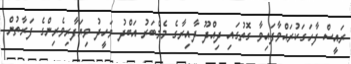
ރައީސް ފާހަގަކުރައްވާފައިވާ ގޮތުގައި ދިއްދޫ ދާއިރާގެ މެމްބަރު އަބްދު ވަހީދު ވިޔަފާރިވެރިންގެ ފަރާތުން